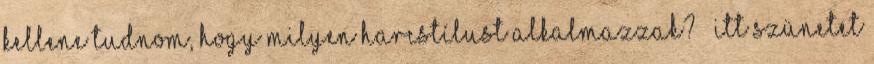
kellene tudnom, hogy milyen harcstílust alkalmazzak? – itt szünetet